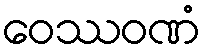
ဝေဿဝဏံ